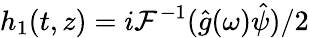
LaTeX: h_{1}(t,z)=i{\cal F}^{-1}(\hat{g}(\omega)\hat{\psi})/2